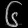
Digit: ၆